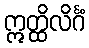
ဣတ္ထိလိင်္ဂံ